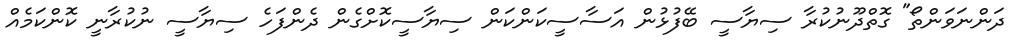
ދަންނަވަންތޯ" ގޮތްދޫނުކުރާ ސިޔާސީ ބޭފުޅުން އަސާސީކަންކަން ސިޔާސީކޮށްގެން ދެންފަހެ ސިޔާސީ ނުކުރާނީ ކޮންކަމެއް